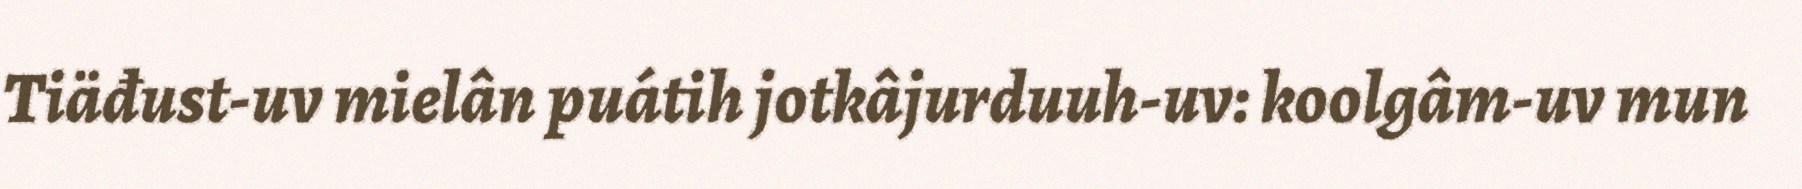
Tiäđust-uv mielân puátih jotkâjurduuh-uv: koolgâm-uv mun